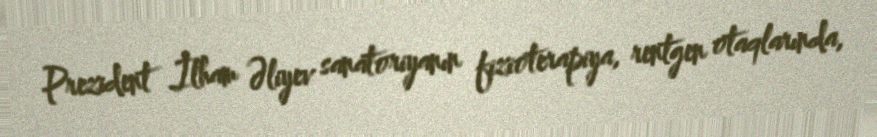
Prezident İlham Əliyev sanatoriyanın fizioterapiya, rentgen otaqlarında,